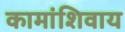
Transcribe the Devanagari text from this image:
कामांशिवाय